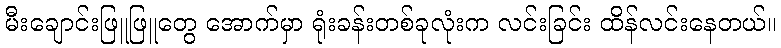
မီးချောင်းဖြူဖြူတွေ အောက်မှာ ရုံးခန်းတစ်ခုလုံးက လင်းခြင်း ထိန်လင်းနေတယ်။